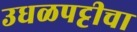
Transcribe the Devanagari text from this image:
उधळपट्टीचा